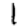
Digit: 1